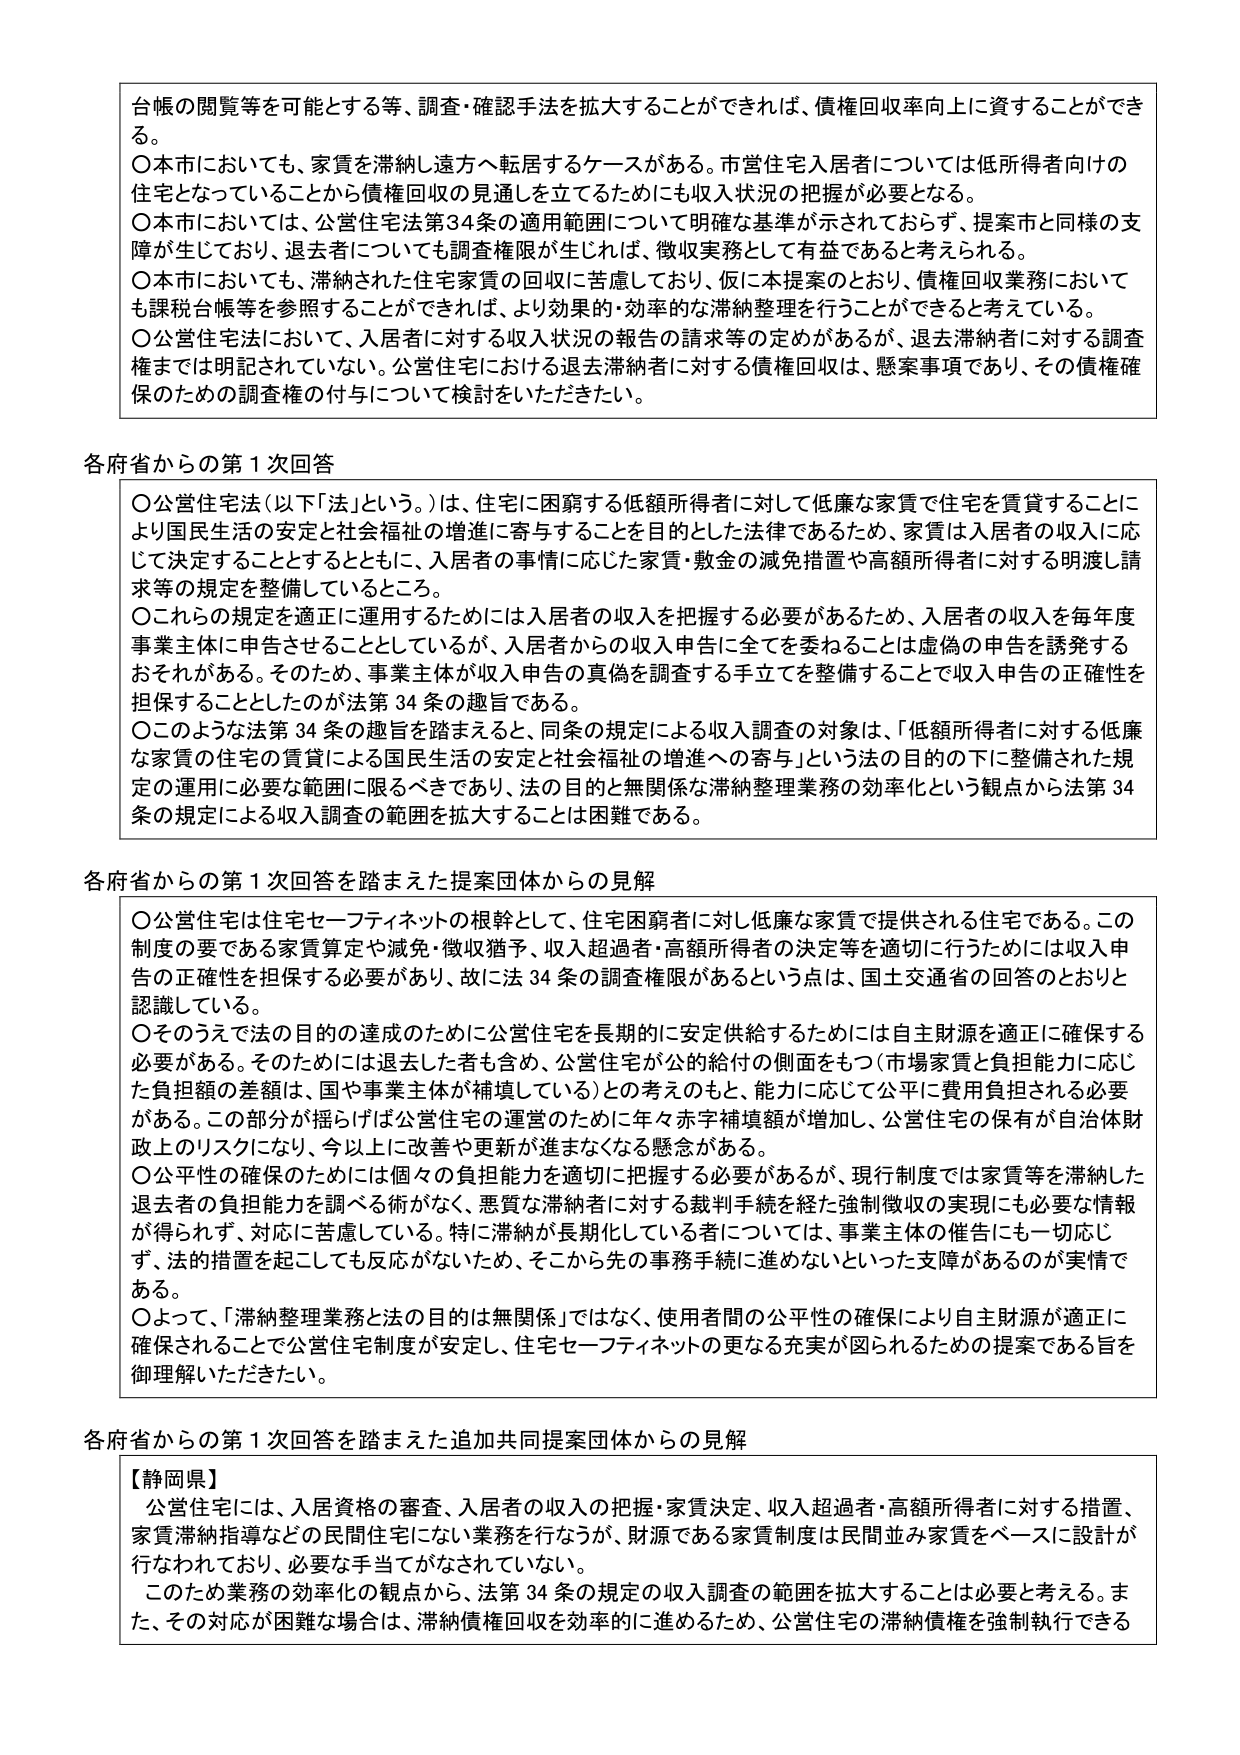
台帳の閲覧等を可能とする等、調査・確認手法を拡大することができれば、債権回収率向上に資することができる。

〇本市においても、家賃を滞納し遠方へ転居するケースがある。市営住宅入居者については低所得者向けの住宅となっていることから債権回収の見通しを立てるためにも収入状況の把握が必要となる。

〇本市においては、公営住宅法第34条の適用範囲について明確な基準が示されておらず、提案市と同様の支障が生じており、退去者についても調査権限が生じれば、徴収実務として有益であると考えられる。

〇本市においても、滞納された住宅家賃の回収に苦慮しており、仮に本提案のとおり、債権回収業務においても課税台帳等を参照することができれば、より効果的・効率的な滞納整理を行うことができると考えている。

〇公営住宅法において、入居者に対する収入状況の報告の請求等の定めがあるが、退去滞納者に対する調査権までは明記されていない。公営住宅における退去滞納者に対する債権回収は、懸案事項であり、その債権確保のための調査権の付与について検討いただきたい。

各府省からの第1次回答

〇公営住宅法（以下「法」という。）は、住宅に困窮する低額所得者に対して低廉な家賃で住宅を賃貸することにより国民生活の安定と社会福祉の増進に寄与することを目的とした法律であるため、家賃は入居者の収入に応じて決定することとするとともに、入居者の事情に応じた家賃・敷金の減免措置や高額所得者に対する明渡し請求等の規定を整備しているところ。

〇これらの規定を適正に運用するためには入居者の収入を把握する必要があるため、入居者の収入を毎年度事業主体に申告させることとしているが、入居者からの収入申告に全てを委ねることは虚偽の申告を誘発するおそれがある。そのため、事業主体が収入申告の真偽を調査する手立てを整備することで収入申告の正確性を担保することとしたのが法第34条の趣旨である。

〇このような法第34条の趣旨を踏まえと、同条の規定による収入調査の対象は、「低額所得者に対する低廉な家賃の住宅の賃貸による国民生活の安定と社会福祉の増進への寄与」という法の目的の下に整備された規定の運用に必要な範囲に限るべきであり、法の目的と無関係な滞納整理業務の効率化という観点から法第34条の規定による収入調査の範囲を拡大することは困難である。

各府省からの第1次回答を踏まえた提案団体からの見解

〇公営住宅は住宅セーフティネットの根幹として、住宅困窮者に対し低廉な家賃で提供される住宅である。この制度の要である家賃算定や減免・徴収猶予、収入超過者・高額所得者の決定等を適切に行うためには収入申告の正確性を担保する必要があり、故に法34条の調査権限があるという点は、国土交通省の回答のとおりと認識している。

〇そのうえで法の目的の達成のために公営住宅を長期的に安定供給するためには自主財源を適正に確保する必要がある。そのためには退去した者も含め、公営住宅が公的給付の側面をもつ（市場家賃と負担能力に応じた負担額の差額は、国や事業主体が補填している）との考えのもと、能力に応じて公平に費用負担される必要がある。この部分が揺らげば公営住宅の運営のために年々赤字補填額が増加し、公営住宅の保有が自治体財政上のリスクとなり、今以上に改善や更新が進まなくなる懸念がある。

〇公平性の確保のためには個々の負担能力を適切に把握する必要があるが、現行制度では家賃等を滞納した退去者の負担能力を調べる術がなく、悪質な滞納者に対する裁判手続を経た強制徴収の実現にも必要な情報が得られず、対応に苦慮している。特に滞納が長期化している者については、事業主体の催告にも一切応じず、法的措置を起こしても反応がないため、そこから先の事務手続に進めないといった支障があるのが実情である。

〇よって、「滞納整理業務と法の目的は無関係」ではなく、使用者間の公平性の確保により自主財源が適正に確保されることで公営住宅制度が安定し、住宅セーフティネットの更なる充実が図られるための提案である旨を御理解いただきたい。

各府省からの第1次回答を踏まえた追加共同提案団体からの見解

【静岡県】
公営住宅には、入居資格の審査、入居者の収入の把握・家賃決定、収入超過者・高額所得者に対する措置、家賃滞納指導などの民間住宅にない業務を行なうが、財源である家賃制度は民間並み家賃をベースに設計が行なわれており、必要な手当てがなされていない。

このため業務の効率化の観点から、法第34条の規定の収入調査の範囲を拡大することは必要と考える。また、その対応が困難な場合は、滞納債権回収を効率的に進めるため、公営住宅の滞納債権を強制執行できる